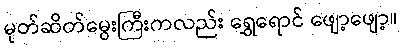
မုတ်ဆိတ်မွေးကြီးကလည်း ရွှေရောင် ဖျော့ဖျော့။